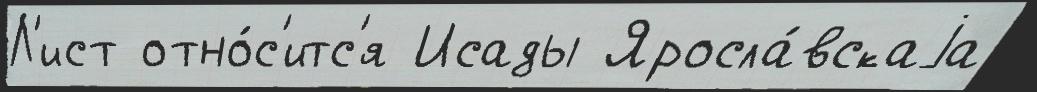
Л'ист отно́с'итс'я Исады Яросла́вскаjа